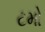
ટમો